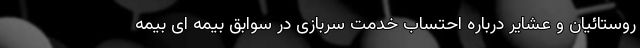
روستائیان و عشایر درباره احتساب خدمت سربازی در سوابق بیمه ای بیمه